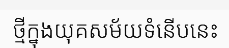
ថ្មីក្នុងយុគសម័យទំនើបនេះ